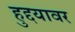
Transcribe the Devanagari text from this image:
हुद्दयावर